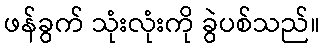
ဖန်ခွက် သုံးလုံးကို ခွဲပစ်သည်။